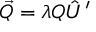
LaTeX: \vec { Q } = \lambda { \cal Q } \hat { U } ^ { \prime }